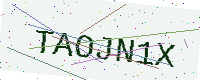
Text: TAOJN1X